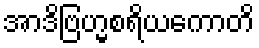
အာဒိဗြဟ္မစရိယကောတိ